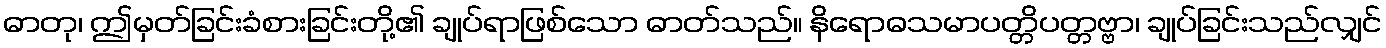
ဓာတု၊ ဤမှတ်ခြင်းခံစားခြင်းတို့၏ ချုပ်ရာဖြစ်သော ဓာတ်သည်။ နိရောဓသမာပတ္တိပတ္တဗ္ဗာ၊ ချုပ်ခြင်းသည်လျှင်